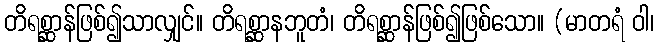
တိရစ္ဆာန်ဖြစ်၍သာလျှင်။ တိရစ္ဆာနဘူတံ၊ တိရစ္ဆာန်ဖြစ်၍ဖြစ်သော။ (မာတရံ ဝါ၊